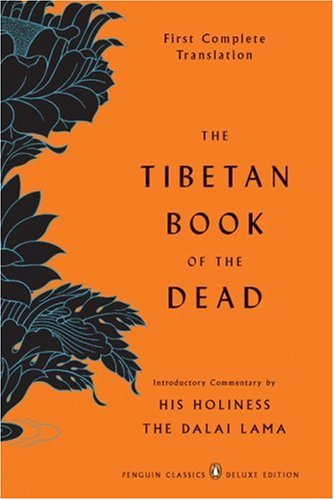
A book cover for The Tibetan Book of the Dead: First Complete Translation (Penguin Classics Deluxe Edition); Politics & Social Sciences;